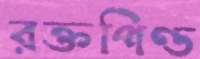
রক্তপিণ্ড